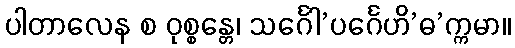
ပါတာလေန စ ဝုစ္စန္တေ၊ သင်္ဂေါ’ပင်္ဂေဟိ’ဓ’က္ကမာ။